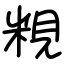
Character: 粯